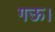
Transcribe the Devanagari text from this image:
गऊ।